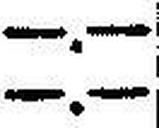
—.—